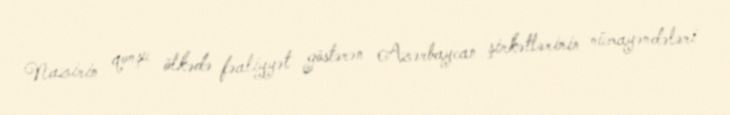
Nazirin qonşu ölkədə fəaliyyət göstərən Azərbaycan şirkətlərinin nümayəndələri